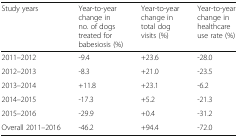
<table><thead><tr><td><b>Study years</b></td><td><b>Year-to-year change in no. of dogs treated for babesiosis (%)</b></td><td><b>Year-to-year change in total dog visits (%)</b></td><td><b>Year-to-year change in healthcare use rate (%)</b></td></tr></thead><tbody><tr><td>2011–2012</td><td>-9.4</td><td>+23.6</td><td>-28.0</td></tr><tr><td>2012–2013</td><td>-8.3</td><td>+21.0</td><td>-23.5</td></tr><tr><td>2013–2014</td><td>+11.8</td><td>+23.1</td><td>-6.2</td></tr><tr><td>2014–2015</td><td>-17.3</td><td>+5.2</td><td>-21.3</td></tr><tr><td>2015–2016</td><td>-29.9</td><td>+0.4</td><td>-31.2</td></tr><tr><td>Overall 2011–2016</td><td>-46.2</td><td>+94.4</td><td>-72.0</td></tr></tbody></table>